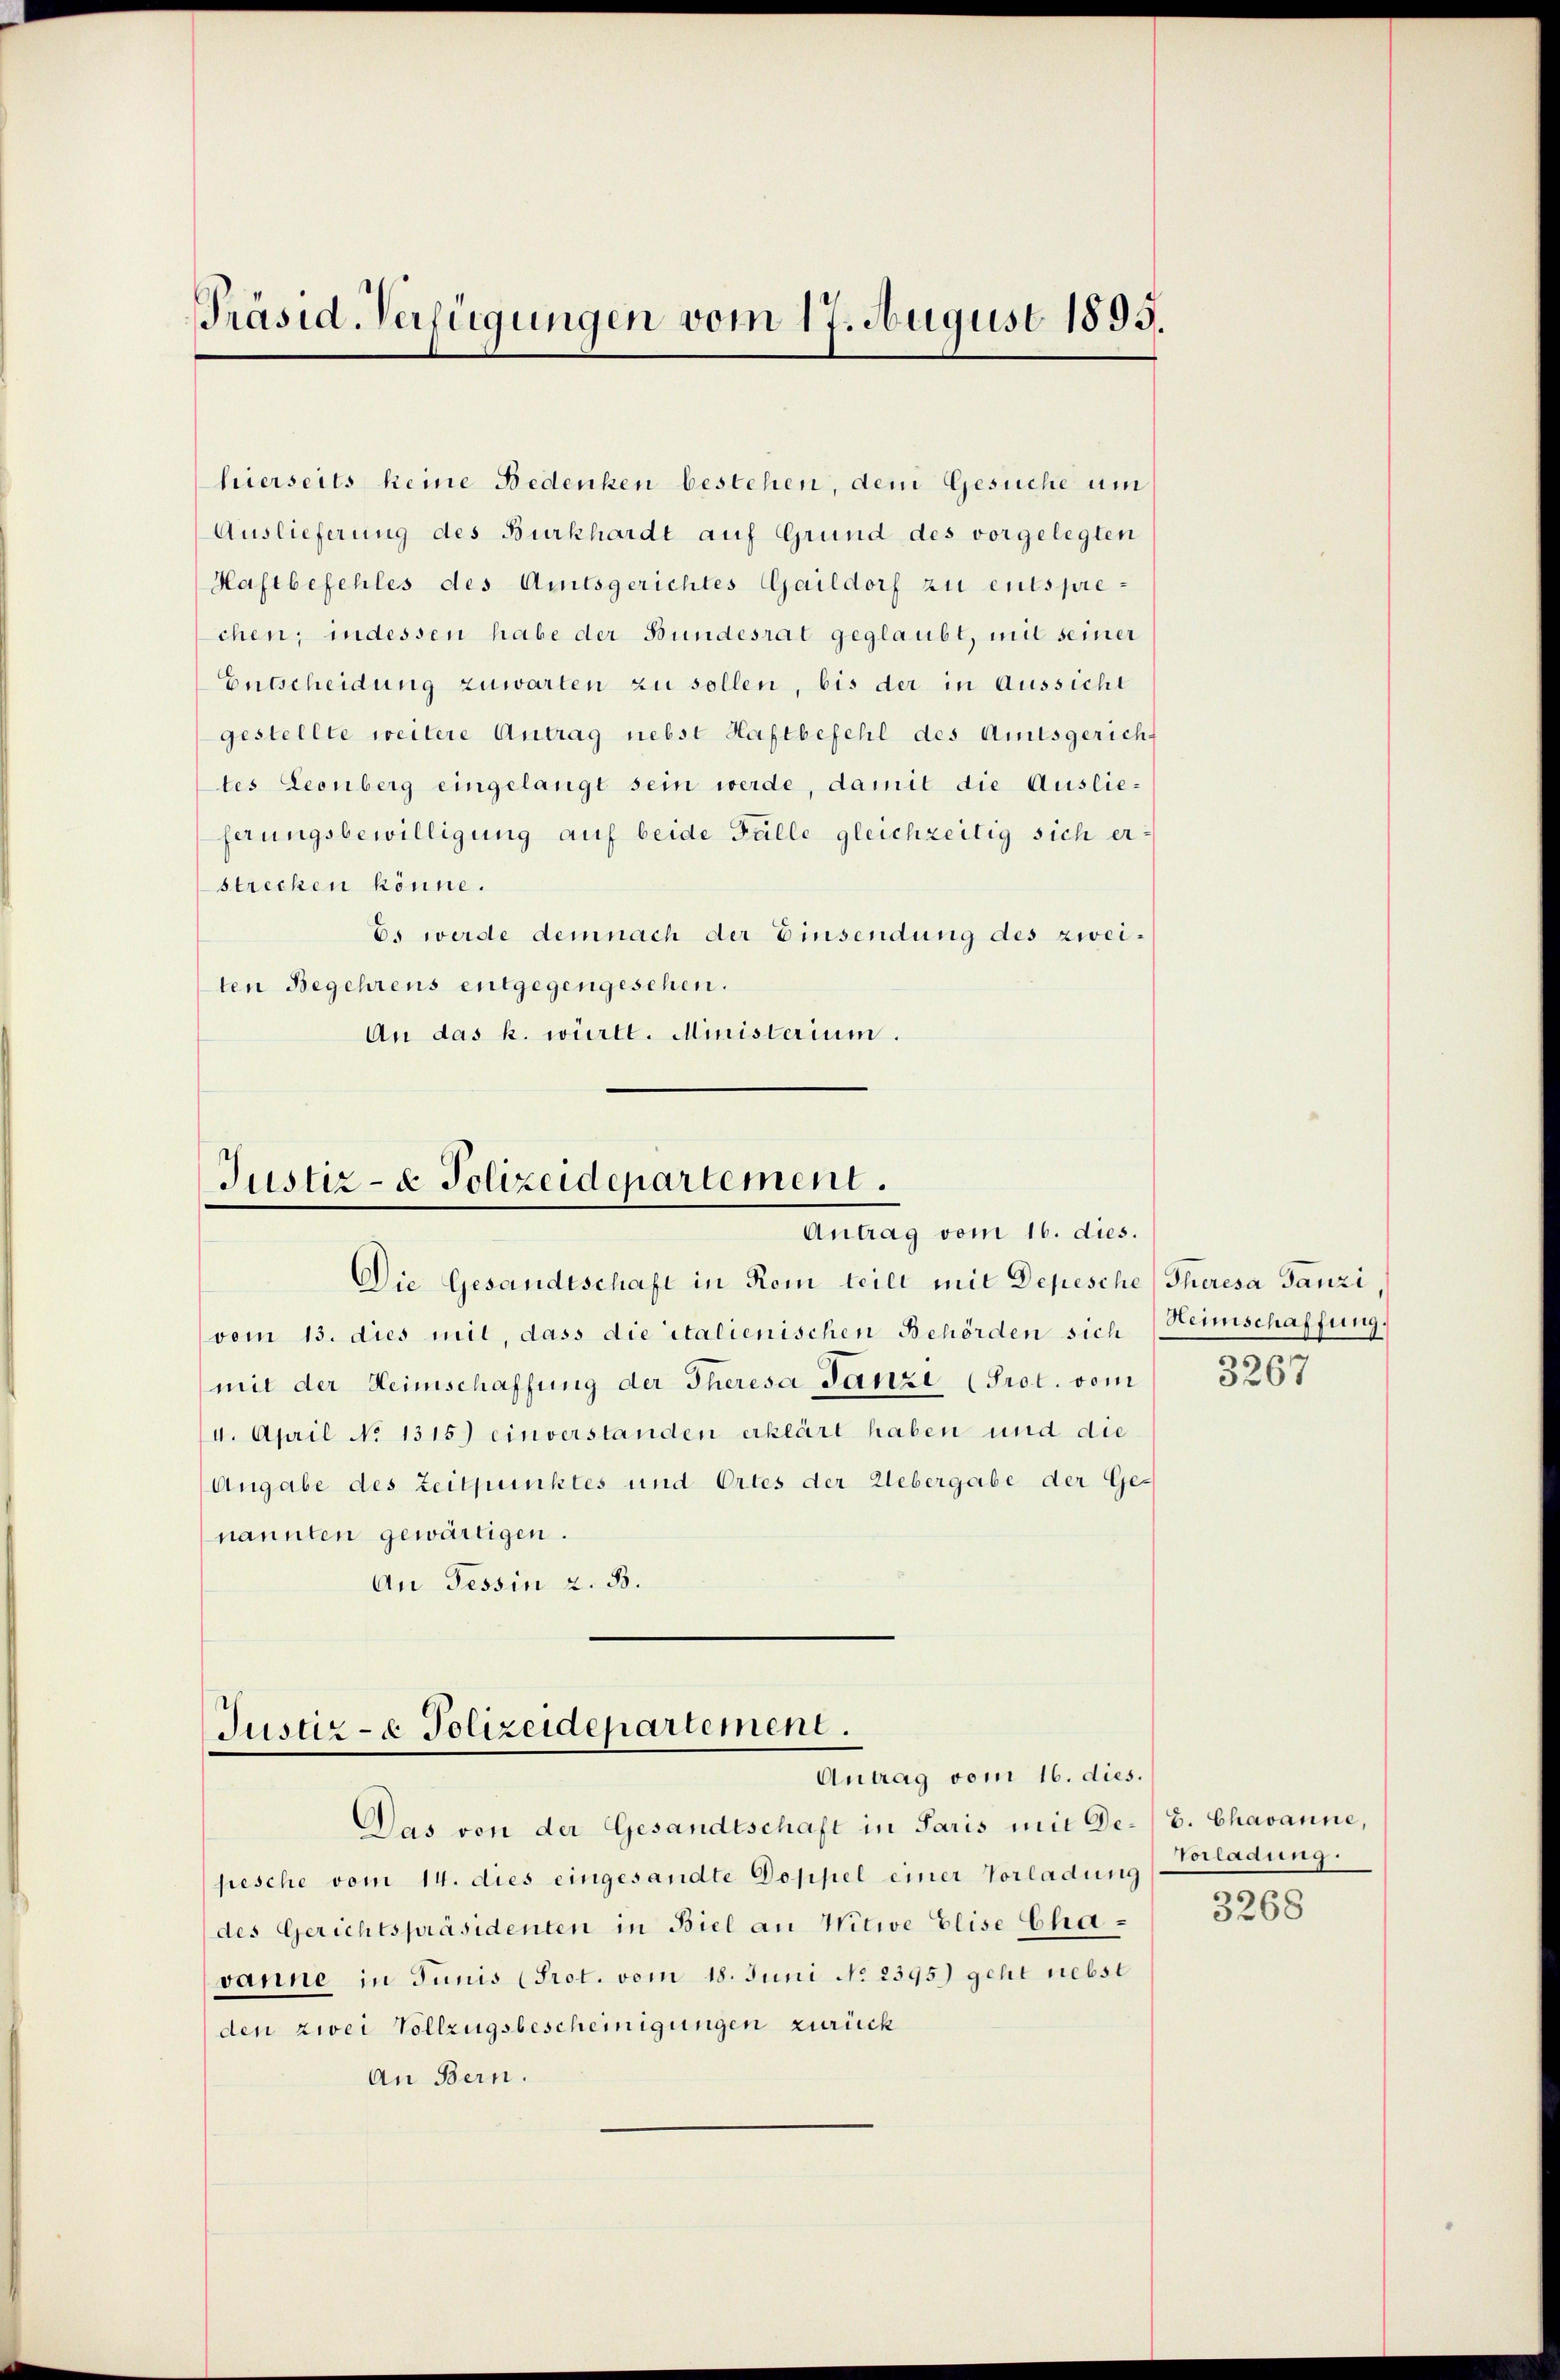
Präsid-Verfügungen vom 17. August 1893.

hierseits keine Bedenken bestehen, dem Gesuche um
Auslieferung des Burkhardt auf Grund des vorgelegten
Haftbefehles des Amtsgerichtes Gaildorf zu entsprechen, indessen habe der Bundesrat geglaubt, mit seiner
Entscheidung zuwarten zu sollen, bis der in Aussicht
gestellte weitere Antrag nebst Haftbefehl des Amtsgericht
tes Leonberg eingelangt sein werde, damit die Auslieferungsbewilligung auf beide Fälle gleichzeitig sich erstrecken könne.
Es werde demnach der Einsendung des zweiten Begehrens entgegengesehen.
An das k. württ. Ministerium.

Justiz- & Polizeidepartement.
Antrag vom 16. dies.

Die Gesandtschaft in Rom teilt mit Depesche Theresa Tanzi
vom 13. dies mit, dass die italienischen Behörden sich Heimschaffung
mit der Heimschaffung der Theresa Tanze (Prot. vom
4. April No 1315. einverstanden erklärt haben und die
Angabe des Zeitpunktes und Ortes der Uebergabe der Ge-
nannten gewärtigen.
An Tessin z. B.

Justiz- & Polizeidepartement.
Antrag vom 16. dies.

Das von der Gesandtschaft in Paris mit De¬

pesche vom 14. dies eingesandte Doppel einer Vorladung
des Gerichtspräsidenten in Biel an Witwe Elise Chavanne in Junis (Prot. vom 18. Juni No 2395) geht nebst
den zwei Vollzugsbescheinigungen zurück
An Bern.

3267

Z. Chavanne,
Vorladung.

3268